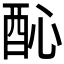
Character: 𨠉